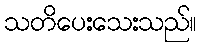
သတိပေးသေးသည်။